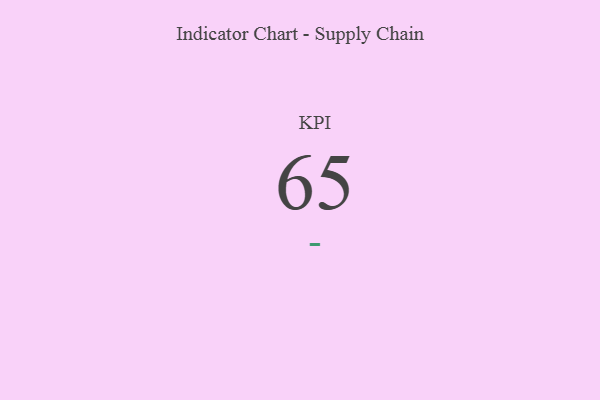
{"axis": {"x": "KPI", "y": "Value"}, "legend": [""], "data": [{"x": "KPI", "y": 65, "type": ""}]}